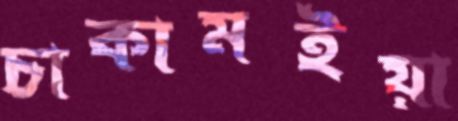
চাকামইয়া